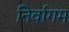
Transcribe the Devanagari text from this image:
निर्वागम